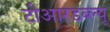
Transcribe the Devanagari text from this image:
टीआरडब्ल्यू